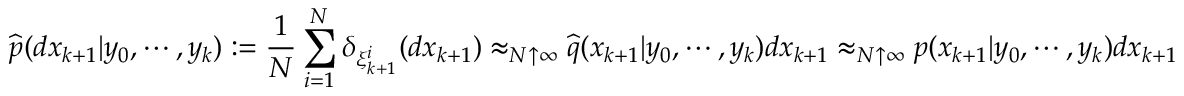
{ \widehat { p } } ( d x _ { k + 1 } | y _ { 0 } , \cdots , y _ { k } ) : = { \frac { 1 } { N } } \sum _ { i = 1 } ^ { N } \delta _ { \xi _ { k + 1 } ^ { i } } ( d x _ { k + 1 } ) \approx _ { N \uparrow \infty } { \widehat { q } } ( x _ { k + 1 } | y _ { 0 } , \cdots , y _ { k } ) d x _ { k + 1 } \approx _ { N \uparrow \infty } p ( x _ { k + 1 } | y _ { 0 } , \cdots , y _ { k } ) d x _ { k + 1 }